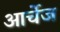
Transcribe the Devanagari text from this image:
आर्चेज